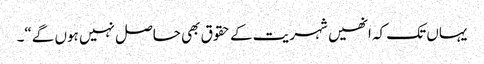
یہاں تک کہ انھیں شہریت کے حقوق بھی حاصل نہیں ہوں گے“۔